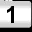
Digit: 1